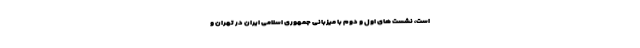
است، نشست های اول و دوم با میزبانی جمهوری اسلامی ایران در تهران و